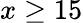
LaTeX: x\ge 15